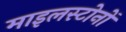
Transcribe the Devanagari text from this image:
माइलस्टोनों